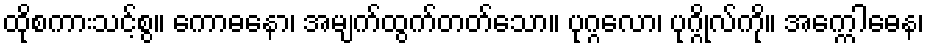
ထိုစကားသင့်စွ။ ကောဓနော၊ အမျက်ထွက်တတ်သော။ ပုဂ္ဂလော၊ ပုဂ္ဂိုလ်ကို။ အက္ကေါဓေန၊